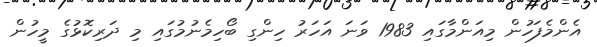
އެންމެފަހުން މިއަންމާގައި 1983 ވަނަ އަހަރު ހިންގި ބޯހިމެނުމުގައި މި ދަރިކޮޅުގެ މީހުން